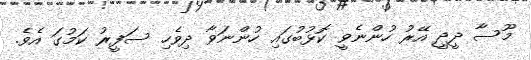
މޫސާ ދީދީ އޭރު ހުންނެވީ ކޮޅުބުގައި ހުންނަވާ ދިވެހި ސަފީރު ކަމުގަ އެވެ.